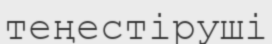
теңестіруші